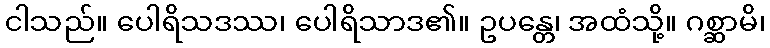
ငါသည်။ ပေါရိသဒဿ၊ ပေါရိသာဒ၏။ ဥပန္တေ၊ အထံသို့။ ဂစ္ဆာမိ၊